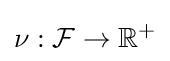
\nu :{\mathcal {F}}\to \mathbb {R} ^{+}